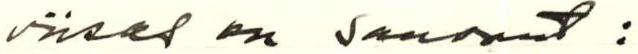
viisas on sanonut :